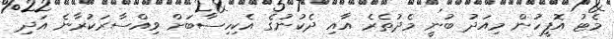
މެޓު އޮފީހުން މިއަދު ބުނީ މެދުތެރެ އާއި ދެކުނުގެ އެކިހިސާބަށް ވިއްސާރަކުރާނެ އަދި